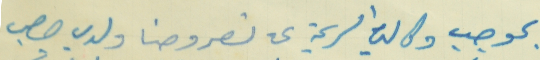
بموجب وكالتي الرسمية عن نصر وحنا ولدي جرجس